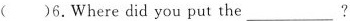
( )6. Where did you put the ___?